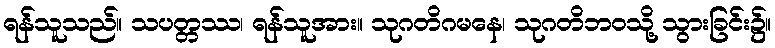
ရန်သူသည်။ သပတ္တဿ၊ ရန်သူအား။ သုဂတိဂမနေ၊ သုဂတိဘဝသို့ သွားခြင်း၌။